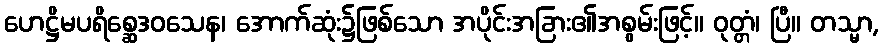
ဟေဋ္ဌိမပရိစ္ဆေဒဝသေန၊ အောက်ဆုံး၌ဖြစ်သော အပိုင်းအခြား၏အစွမ်းဖြင့်။ ဝုတ္တံ၊ ပြီ။ တသ္မာ,